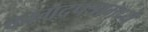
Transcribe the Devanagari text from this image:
कागदपत्रामध्ये